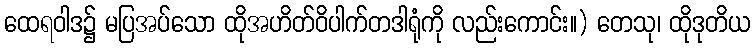
ထေရဝါဒ၌ မပြအပ်သော ထိုအဟိတ်ဝိပါက်တဒါရုံကို လည်းကောင်း။) တေသု၊ ထိုဒုတိယ